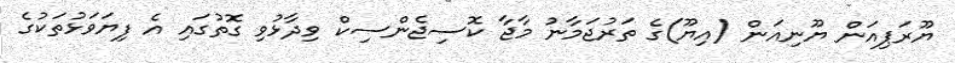
ޔޫރަޕިއަން ޔޫނިއަން (އިޔޫ)ގެ ތަރުޖަމާނު މާޖާ ކޮސިޖެންސިކް ވިދާޅުވި ގޮތުގައި އެ ފިޔަވަޅުތަކުގެ